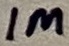
Text: 1M